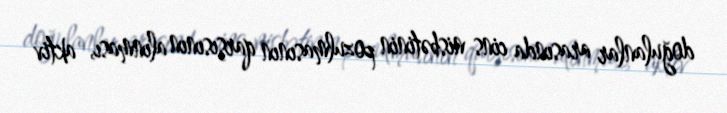
doğulanlar arasında cins nisbətinin pozulmasının qarşısının alınması, aktiv